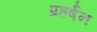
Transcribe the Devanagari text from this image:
प्रहर्षन